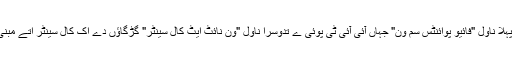
اس دا پہلا ناول "فائیو پوائنٹس سم وَن" جہاں آئی آئی ٹی پوئی ے تدوسرا ناول "ون نائٹ ایٹ کال سینٹر" گڑگاؤں دے اک کال سینٹر اتے مبنی سی ۔